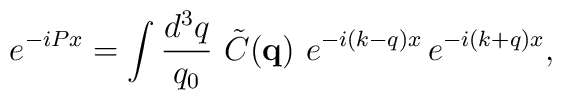
e^{-iPx} = \int \frac{d^3q}{q_0}\, \, \tilde{C}({\mathbf{q}}) \,\, e^{-i(k-q)x} \, e^{-i(k+q)x} ,